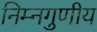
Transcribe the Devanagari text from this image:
निम्नगुणीय